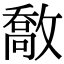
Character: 敿